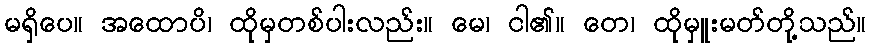
မရှိပေ။ အထောပိ၊ ထိုမှတစ်ပါးလည်း။ မေ၊ ငါ၏။ တေ၊ ထိုမှူးမတ်တို့သည်။